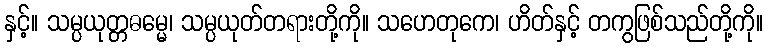
နှင့်။ သမ္ပယုတ္တဓမ္မေ၊ သမ္ပယုတ်တရားတို့ကို။ သဟေတုကေ၊ ဟိတ်နှင့် တကွဖြစ်သည်တို့ကို။